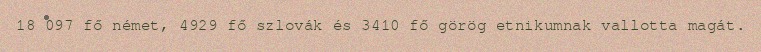
18 097 fő német, 4929 fő szlovák és 3410 fő görög etnikumnak vallotta magát.